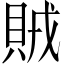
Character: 賊